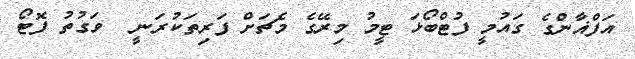
އަފްޣާންގެ ގައުމީ ފުޓްބޯޅަ ޓީމު މިރޭގެ މެޗަށް ފަރިތަކުރަނީ  ވަގުތު ފޮޓޯ